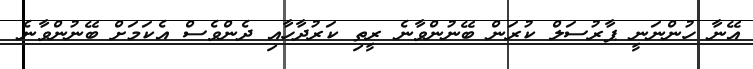
އޭނާ ހުންނަނީ ޕާރުސަލް ކުރަން ބޭނުންވާނެ ރީތި ކަރުދާހާއި ދެންވެސް އެކަމަށް ބޭނުންވާނެ